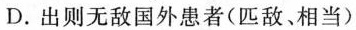
D.出则无敌国外患者(匹敌、相当)